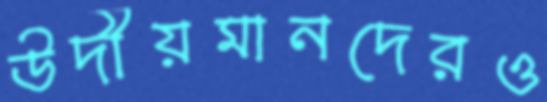
উদীয়মানদেরও